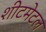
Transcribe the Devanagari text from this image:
शीटमेटल